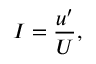
\centering I = \frac { u ^ { \prime } } { U } ,